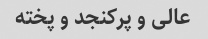
عالی و پرکنجد و پخته